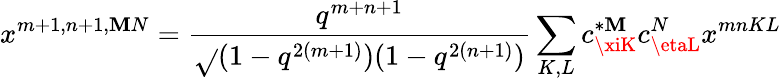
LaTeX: x^{m+1,n+1,\mathbf{M}N}=\frac{{q^{m+n+1}}}{{\sqrt{}{{(1-q^{2(m+1)})(1-q^{2(n+1)})}}}}\sum_{K,L}c_{\xiK}^{*\mathbf{M}}c_{\etaL}^{N}x^{mnKL}